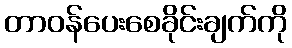
တာဝန်ပေးစေခိုင်းချက်ကို